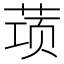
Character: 𰱝